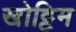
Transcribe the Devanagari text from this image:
खोट्टिम